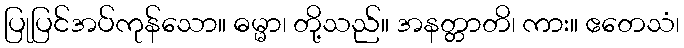
ပြုပြင်အပ်ကုန်သော။ ဓမ္မာ၊ တို့သည်။ အနတ္တာတိ၊ ကား။ ဧတေသံ၊